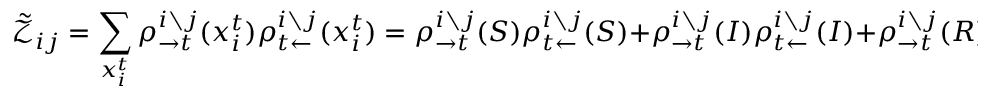
\tilde { \mathcal { Z } } _ { i j } = \sum _ { x _ { i } ^ { t } } \rho _ { \rightarrow t } ^ { i \setminus j } ( x _ { i } ^ { t } ) \rho _ { t \leftarrow } ^ { i \setminus j } ( x _ { i } ^ { t } ) = \rho _ { \rightarrow t } ^ { i \setminus j } ( S ) \rho _ { t \leftarrow } ^ { i \setminus j } ( S ) + \rho _ { \rightarrow t } ^ { i \setminus j } ( I ) \rho _ { t \leftarrow } ^ { i \setminus j } ( I ) + \rho _ { \rightarrow t } ^ { i \setminus j } ( R ) \rho _ { t \leftarrow } ^ { i \setminus j } ( R )